Lunatic asylums Punjab 1868-1880 - 1868-1880
Year: 1868
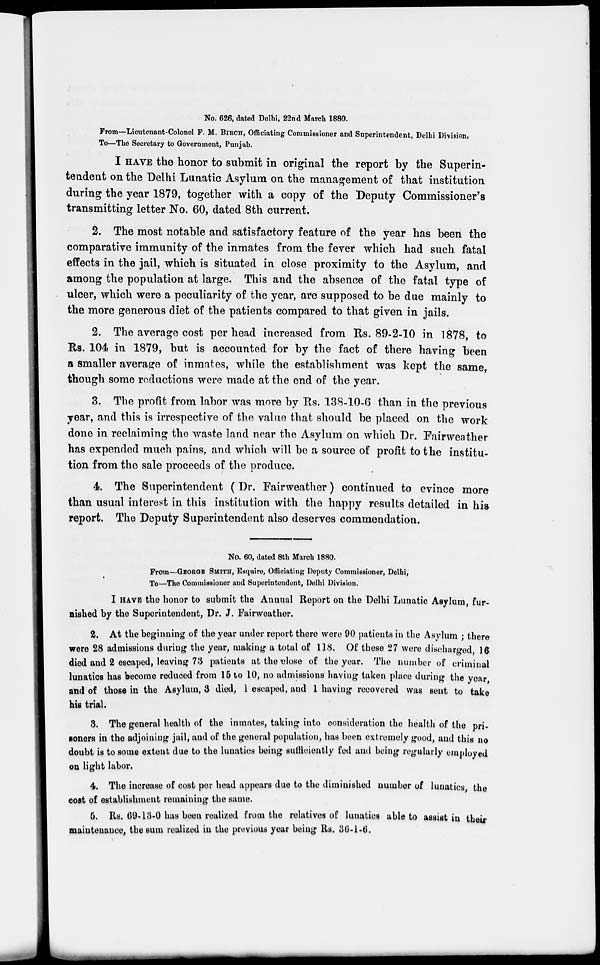
No. 626, dated Delhi, 22nd March 1880.
From—Lieutenant-Colonel F. M. BIRCH, Officiating Commissioner and Superintendent, Delhi Division,
To—The Secretary to Government, Punjab.
I HAVE the honor to submit in original the report by the Superin-
tendent on the Delhi Lunatic Asylum on the management of that institution
during the year 1879, together with a copy of the Deputy Commissioner's
transmitting letter No. 60, dated 8th current.
2. The most notable and satisfactory feature of the year has been the
comparative immunity of the inmates from the fever which had such fatal
effects in the jail, which is situated in close proximity to the Asylum, and
among the population at large. This and the absence of the fatal type of
ulcer, which were a peculiarity of the year, are supposed to be due mainly to
the more generous diet of the patients compared to that given in jails.
2. The average cost per head increased from Rs. 89-2-10 in 1878, to
Rs. 104 in 1879, but is accounted for by the fact of there having been
a smaller average of inmates, while the establishment was kept the same,
though some reductions were made at the end of the year.
3. The profit from labor was more by Rs. 138-10-6 than in the previous
year, and this is irrespective of the value that should be placed on the work
done in reclaiming the waste land near the Asylum on which Dr. Fairweather
has expended much pains, and which will be a source of profit to the institu-
tion from the sale proceeds of the produce.
4. The Superintendent (Dr. Fairweather) continued to evince more
than usual interest in this institution with the happy results detailed in his
report. The Deputy Superintendent also deserves commendation.
No. 60, dated 8th March 1880.
From—GEORGE SMITH, Esquire, Officiating Deputy Commissioner, Delhi,
To—The Commissioner and Superintendent, Delhi Division.
I HAVE the honor to submit the Annual Report on the Delhi Lunatic Asylum, fur-
nished by the Superintendent, Dr. J. Fairweather.
2. At the beginning of the year under report there were 90 patients in the Asylum ; there
were 28 admissions during the year, making a total of 118. Of these 27 were discharged, 16
died and 2 escaped, leaving 73 patients at the close of the year. The number of criminal
lunatics has become reduced from 15 to 10, no admissions having taken place during the year,
and of those in the Asylum, 3 died, 1 escaped, and 1 having recovered was sent to take
his trial.
3. The general health of the inmates, taking into consideration the health of the pri-
soners in the adjoining jail, and of the general population, has been extremely good, and this no
doubt is to some extent due to the lunatics being sufficiently fed and being regularly employed
on light labor.
4. The increase of cost per head appears due to the diminished number of lunatics, the
cost of establishment remaining the same.
5. Rs. 69-13-0 has been realized from the relatives of lunatics able to assist in their
maintenance, the sum realized in the previous year being Rs. 36-1-6.